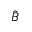
\hat { B }